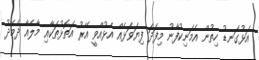
އަޅުގަނޑު ހިތުން އެމަނިކުފާނު މިފަދަ ފިޔަވަޅެއް އެޅުއްވީ އޭރު އަތޮޅުތަކާއި މާލެއާ ދެމެދު